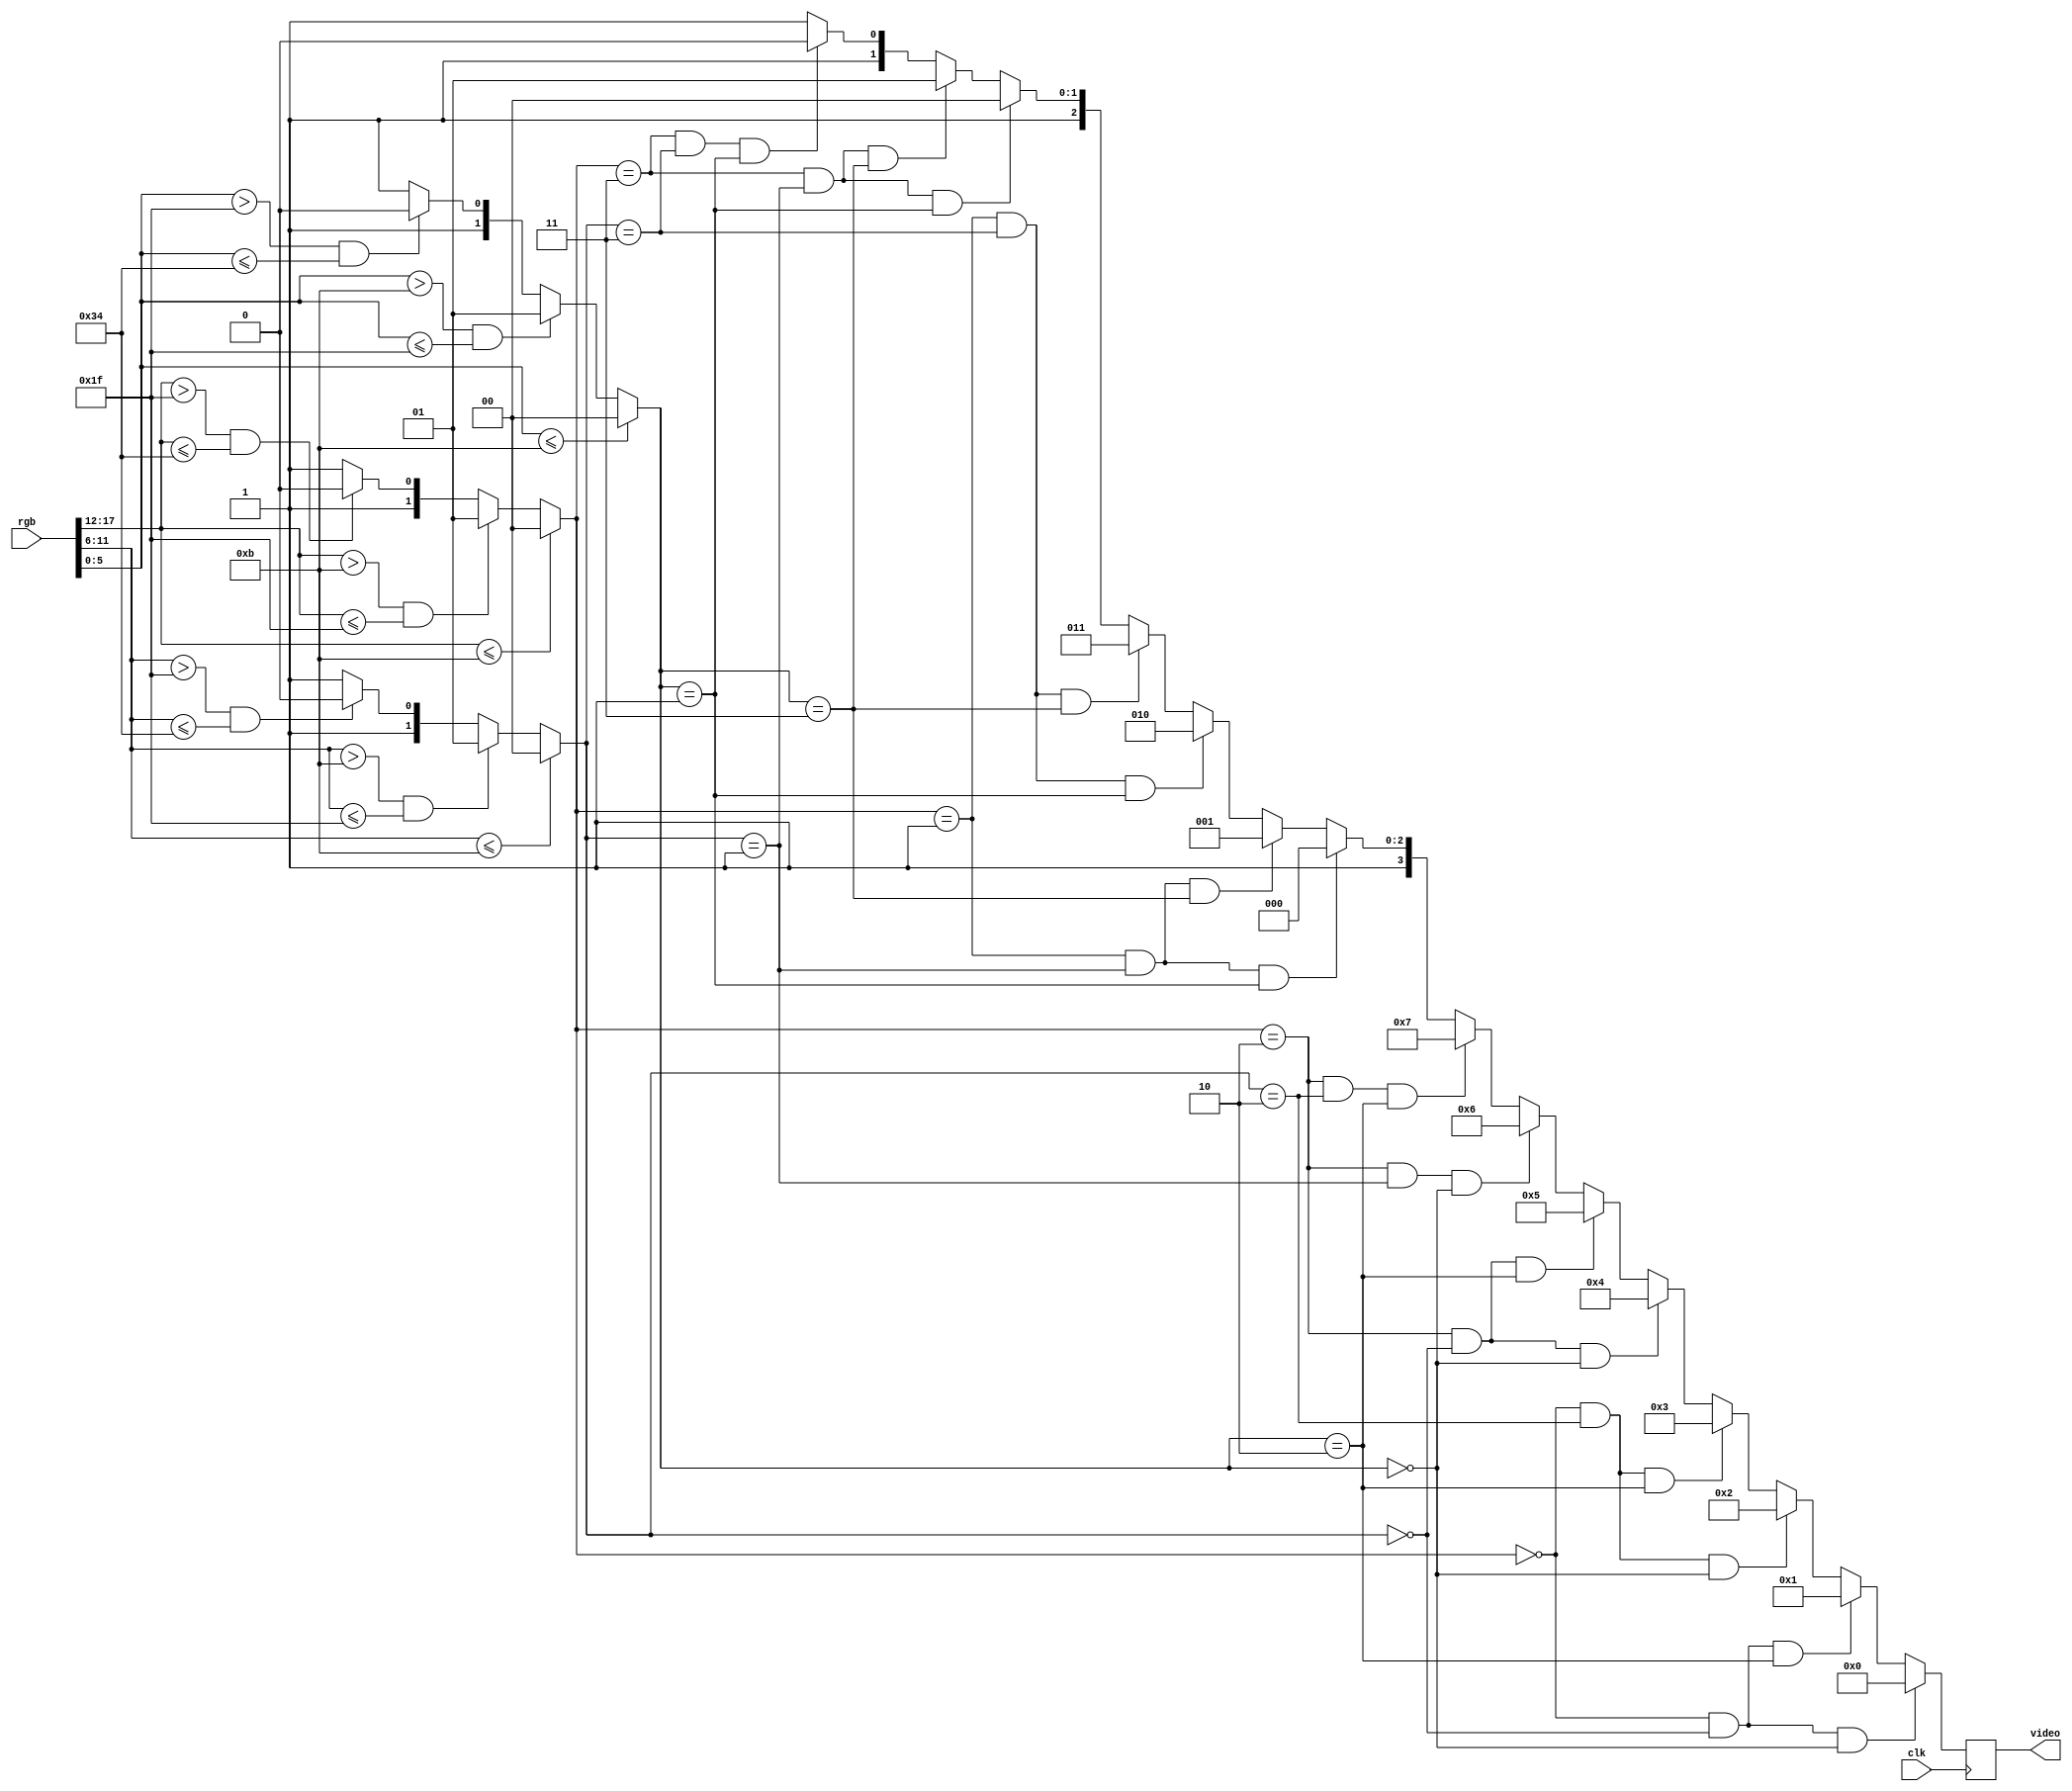
module vga_cgaport(
    input wire clk,
    input wire [17:0] rgb,      // Analog inputs
    output reg [3:0]  video     // irgb video output
    );


    wire [3:0] video1;
    wire [5:0] red, green, blue;
    wire [1:0] red_x, green_x, blue_x;

    assign red   = rgb[17:12];
    assign green = rgb[11:6];
    assign blue  = rgb[5:0];

    //cga_vpaport values for each color:  0, 21, 42, 63

    assign red_x =  (                        (red <= 6'b001011)   ) ? 2'b00 :           //        0 <= 11    2'b00
    ((red   >  6'b001011) && (red <= 6'b011111)   ) ? 2'b01 :           //  11 < 21 <= 31    2'b01
    ((red   >  6'b011111) && (red <= 6'b110100)   ) ? 2'b10 : 2'b11;    //  31 < 42 <= 52    2'b10
                                                                        //  52 < 63          2'b11
    assign green_x= (                        (green <= 6'b001011) ) ? 2'b00 :
    ((green >  6'b001011) && (green <= 6'b011111) ) ? 2'b01 :
    ((green >  6'b011111) && (green <= 6'b110100) ) ? 2'b10 : 2'b11;

    assign blue_x = (                        (blue  <= 6'b001011) ) ? 2'b00 :
    ((blue  >  6'b001011) && (blue  <= 6'b011111) ) ? 2'b01 :
    ((blue  >  6'b011111) && (blue  <= 6'b110100) ) ? 2'b10 : 2'b11;


    assign video1 = ( (red_x == 2'b00) && (green_x == 2'b00) && (blue_x == 2'b00) ) ? 4'h0 :
    ( (red_x == 2'b00) && (green_x == 2'b00) && (blue_x == 2'b10) ) ? 4'h1 :
    ( (red_x == 2'b00) && (green_x == 2'b10) && (blue_x == 2'b00) ) ? 4'h2 :
    ( (red_x == 2'b00) && (green_x == 2'b10) && (blue_x == 2'b10) ) ? 4'h3 :

    ( (red_x == 2'b10) && (green_x == 2'b00) && (blue_x == 2'b00) ) ? 4'h4 :
    ( (red_x == 2'b10) && (green_x == 2'b00) && (blue_x == 2'b10) ) ? 4'h5 :
    ( (red_x == 2'b10) && (green_x == 2'b01) && (blue_x == 2'b00) ) ? 4'h6 :    // Brown!
    ( (red_x == 2'b10) && (green_x == 2'b10) && (blue_x == 2'b10) ) ? 4'h7 :

    ( (red_x == 2'b01) && (green_x == 2'b01) && (blue_x == 2'b01) ) ? 4'h8 :
    ( (red_x == 2'b01) && (green_x == 2'b01) && (blue_x == 2'b11) ) ? 4'h9 :
    ( (red_x == 2'b01) && (green_x == 2'b11) && (blue_x == 2'b01) ) ? 4'hA :
    ( (red_x == 2'b01) && (green_x == 2'b11) && (blue_x == 2'b11) ) ? 4'hB :

    ( (red_x == 2'b11) && (green_x == 2'b01) && (blue_x == 2'b01) ) ? 4'hC :
    ( (red_x == 2'b11) && (green_x == 2'b01) && (blue_x == 2'b11) ) ? 4'hD :
    ( (red_x == 2'b11) && (green_x == 2'b11) && (blue_x == 2'b01) ) ? 4'hE :
    ( (red_x == 2'b11) && (green_x == 2'b11) && (blue_x == 2'b11) ) ? 4'hF : 4'hF;  


    always @(posedge clk)
    begin
        video <= video1;
    end


endmodule






    // always @(posedge clk)
    // begin
    //     case(rgb)
    //         18'b000000_000000_000000 : video <= 4'h0;
    //         18'b000000_000000_101010 : video <= 4'h1;
    //         18'b000000_101010_000000 : video <= 4'h2;
    //         18'b000000_101010_101010 : video <= 4'h3;
    //         18'b101010_000000_000000 : video <= 4'h4;
    //         18'b101010_000000_101010 : video <= 4'h5;
    //         18'b101010_010101_000000 : video <= 4'h6; // Brown!
    //         18'b101010_101010_101010 : video <= 4'h7;
    //         18'b010101_010101_010101 : video <= 4'h8;
    //         18'b010101_010101_111111 : video <= 4'h9;
    //         18'b010101_111111_010101 : video <= 4'hA;
    //         18'b010101_111111_111111 : video <= 4'hB;
    //         18'b111111_010101_010101 : video <= 4'hC;
    //         18'b111111_010101_111111 : video <= 4'hD;
    //         18'b111111_111111_010101 : video <= 4'hE;
    //         18'b111111_111111_111111 : video <= 4'hF;
    //         default : ;
    //     endcase
    // end